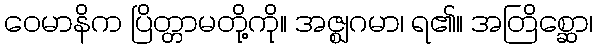
ဝေမာနိက ပြိတ္တာမတို့ကို။ အဇ္ဈဂမာ၊ ရ၏။ အတြိစ္ဆော၊